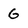
Character: g